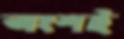
অংশই